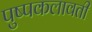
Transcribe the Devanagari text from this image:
पुष्पकलावती